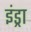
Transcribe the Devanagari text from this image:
इंड्रा